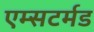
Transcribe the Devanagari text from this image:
एम्सटर्मड